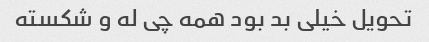
تحویل خیلی بد بود همه چی له و شکسته